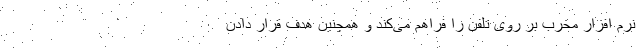
نرم افزار مخرب بر روی تلفن را فراهم می‌کند و همچنین هدف قرار دادن